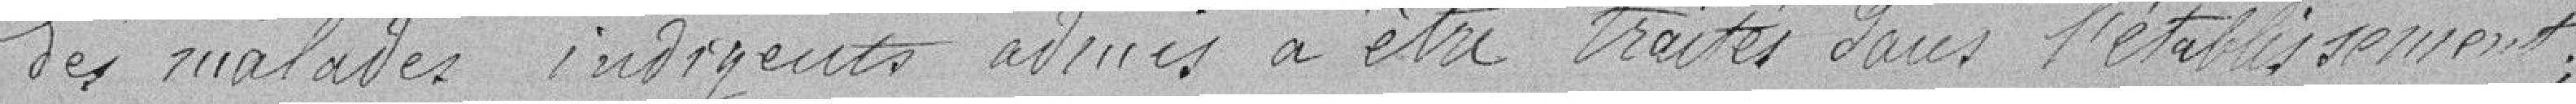
des malades indigents admis à être traités dans l'établissement